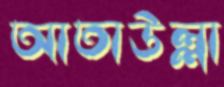
আতাউল্লা